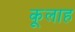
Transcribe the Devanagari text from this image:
कूलाह